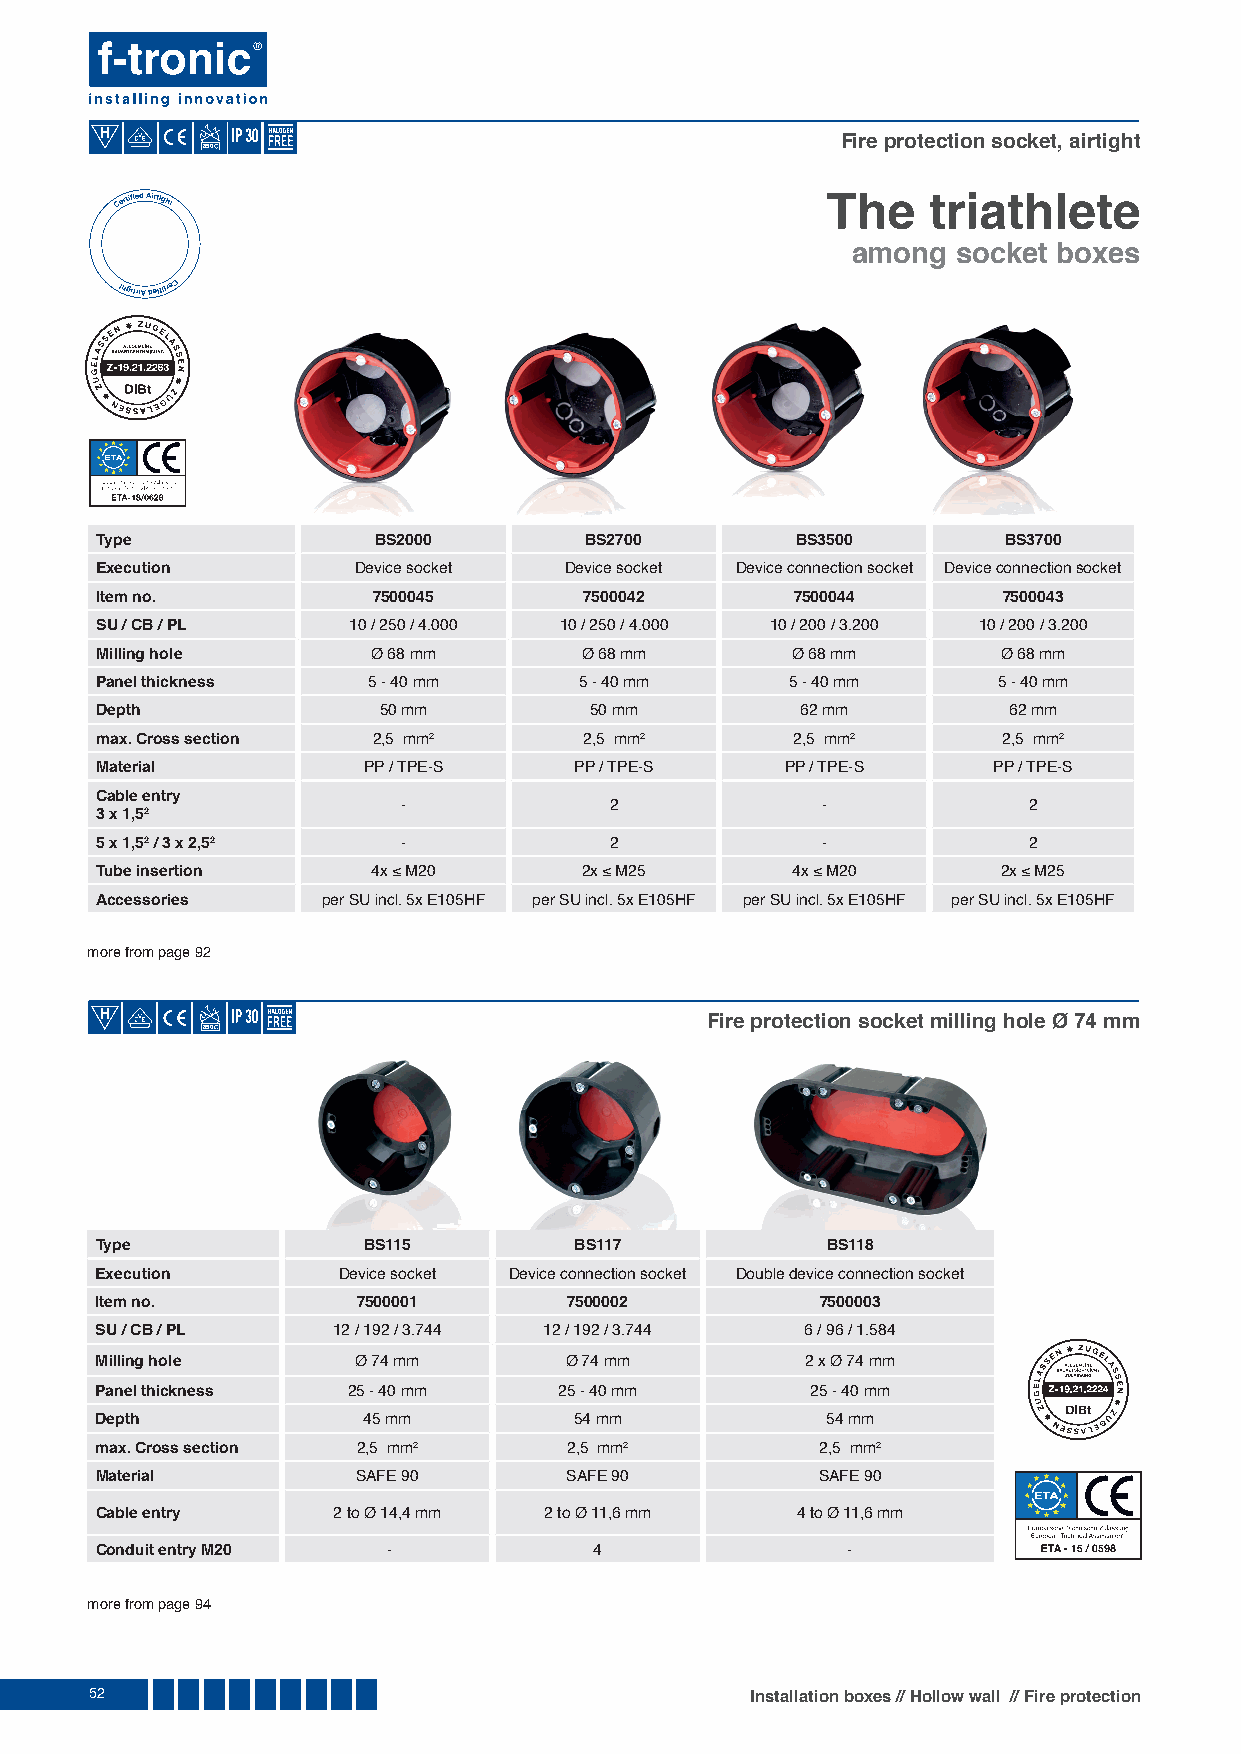
Fire protection socket, airtight
 850
 The   triathlete
 among  socket boxes
 Type               BS2000        BS2700        BS3500       BS3700
 Execution        Device socket Device socket Device connection socket Device connection socket
 Item no.           7500045       7500042       7500044      7500043
 SU / CB / PL     10 / 250 / 4.000 10 / 250 / 4.000 10 / 200 / 3.200 10 / 200 / 3.200
 Milling hole       Ø 68 mm      Ø 68 mm       Ø 68 mm       Ø 68 mm
 Panel thickness   5 - 40 mm     5 - 40 mm     5 - 40 mm     5 - 40 mm
 Depth              50 mm         50 mm         62 mm         62 mm
 max. Cross section 2,5 mm2       2,5 mm2      2,5 mm2       2,5 mm2
 Material          PP / TPE-S    PP / TPE-S    PP / TPE-S    PP / TPE-S
 Cable entry
 -            2             -             2
 3 x 1,52
 5 x 1,52 / 3 x 2,52  -            2             -             2
 Tube insertion     4x ≤ M20     2x ≤ M25      4x ≤ M20      2x ≤ M25
 Accessories    per SU incl. 5x E105HF per SU incl. 5x E105HF per SU incl. 5x E105HF per SU incl. 5x E105HF
 more from page 92
 Fire protection socket milling hole Ø 74 mm
 850
 Type              BS115         BS117            BS118
 Execution       Device socket Device connection socket Double device connection socket
 Item no.          7500001       7500002         7500003
 SU / CB / PL    12 / 192 / 3.744 12 / 192 / 3.744 6 / 96 / 1.584
 Milling hole      Ø 74 mm      Ø 74 mm         2 x Ø 74 mm
 Panel thickness  25 - 40 mm    25 - 40 mm       25 - 40 mm
 Depth             45 mm         54 mm            54 mm
 max. Cross section 2,5 mm2      2,5 mm2         2,5 mm2
 Material          SAFE 90      SAFE 90          SAFE 90
 Cable entry     2 to Ø 14,4 mm 2 to Ø 11,6 mm  4 to Ø 11,6 mm
 Conduit entry M20   -            4                -
 more from page 94
 52                                          Installation boxes // Hollow wall // Fire protection